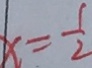
x = \frac { 1 } { 2 }